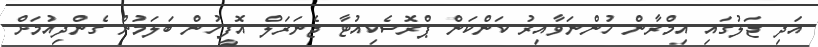
އަދި ޖަލުގައި އިމްރާން ހުންނަވާއިރު ކަންކަން ޕްރޮސެކިއުޓާ ޖެނަރަލް އޮފީހުން ބަލަމުން ގެންދިއުމަށް